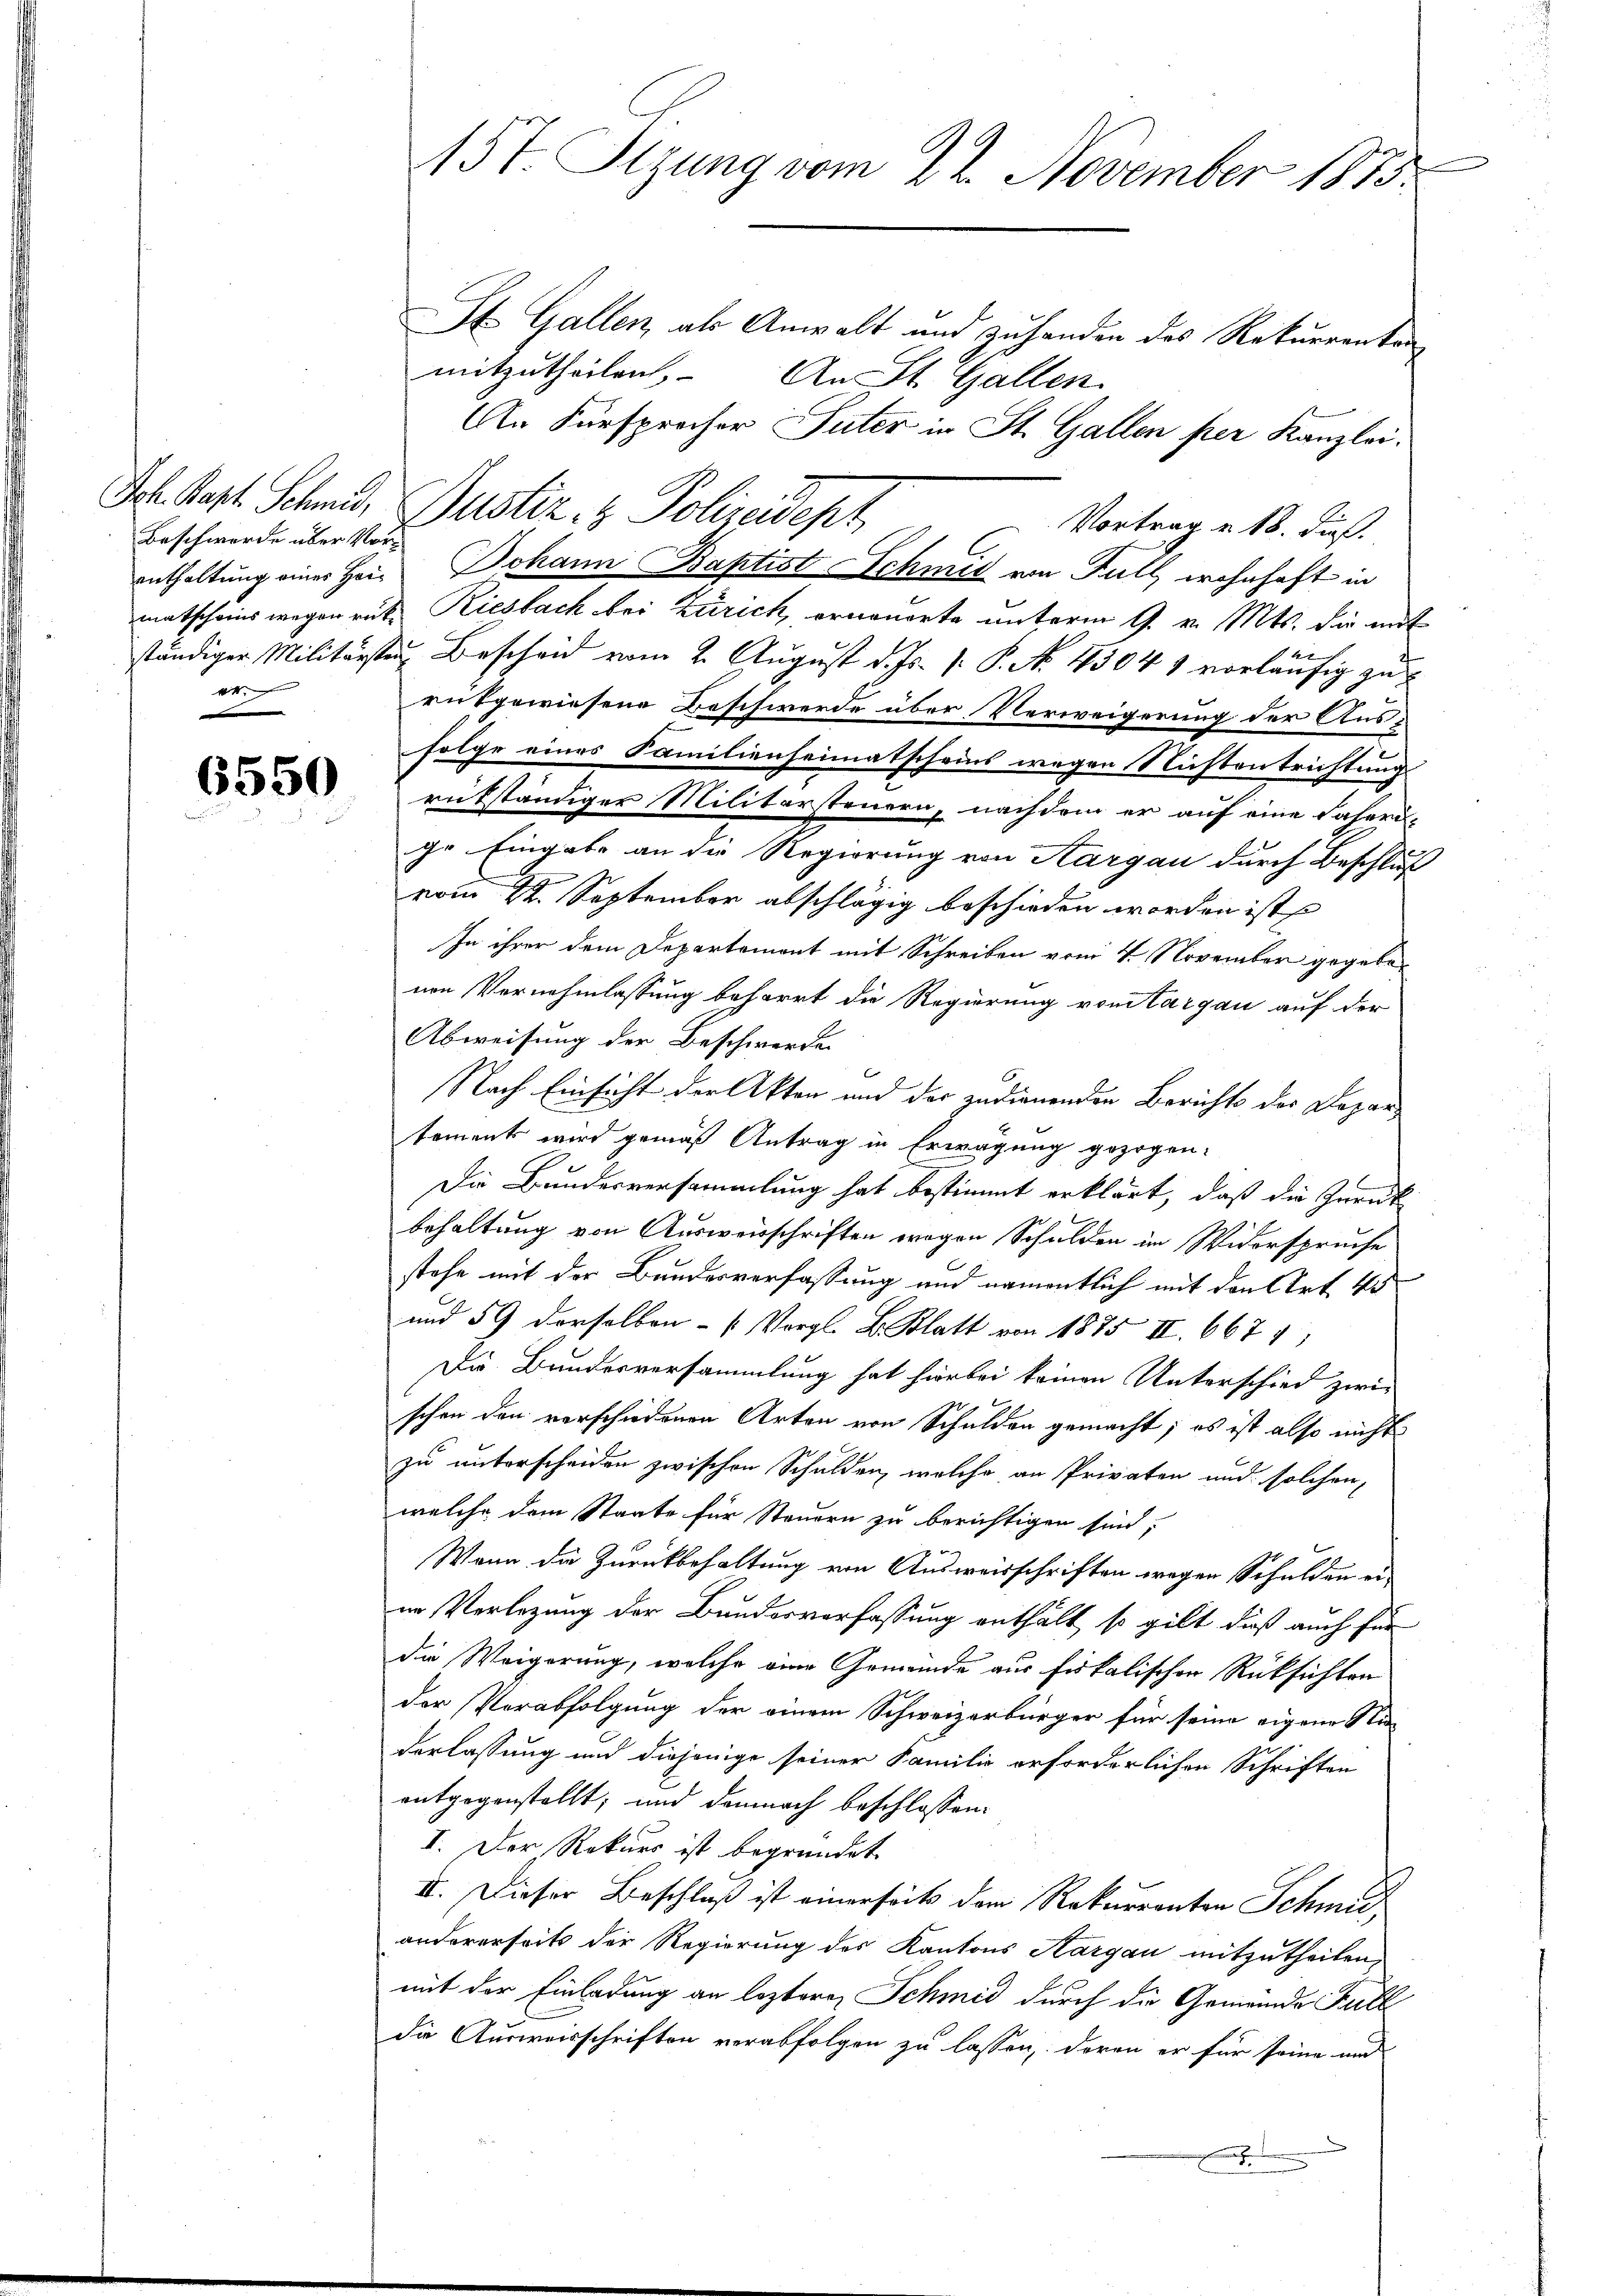
Beschwerde über Vorve

6550

St. Gallen, als Anwalt und zuhanden des Rekurrenten
mitzutheilen, An St. Gallen.
An Fürsprocher Suter in St. Gallen per Kanzlei.
Vortrag u. 18. dieß.
enthaltung eines Herr Johann Baptist Schmit von Full, wohnhaft in
matscheins wegen rut, Riesbach bei Zürich, erneuerte unterm 9. v. Mts. die mit
ständiger Militärsten Bescheid vom 2. August d. Js. v. P. No. 4504 vorläufig zu
entgewiesene Beschwerde über Verweigerung der Ausfolge eines Familienheimatscheins wegen Nichtentrichtung
rükständiger Militarsteuern, nachdem er auf eine daheri-
ihr Eingabe an die Regierung von Aargau durch Beschluß
vom 22. September abschlägig beschieden worden ist
In ihrer dem Departement mit Schreiben vom 4. November gegebenen Vernehmlassung beharrt die Regierung von Aargau auf der
Abweisung der Beschwerden
f
Nach Einsicht der Akten und der zudienenden Berichts des Departement wird gemäß Antrag in Erwägung gezogen:
Die Bundesversammlung hat bestimmt erklärt, daß die Zurück
behaltung von Ausweisschriften wegen Schulden im Widerspruche
stehe mit der Bundesverfassung und namentlich mit den Art. 45
und 59 derselben (Vergl. B. Blatt von 1875 II. 667
Die Bundesversammlung hat hierbei keinen Unterschied zwi-
schen den verschiedenen Arten von Schulden gemacht; es ist also nicht
zu unterscheiden zwischen Schulden, welche an Privaten und solchen
welche dem Staate für Steuern zu berichtigen sind,
Wenn die Zurückbehaltung von Ausweisschriften wegen Schulden er-
im Verlegung der Bundesverfassung enthält, so gilt dieß auch für
die Weigerung, welche eine Gemeinde aus fiskalischen Rüksichten
der Verabfolgung der einem Schweizerbürger für seine eigene Na-
derlassung und diejenige seiner Familie erforderlichen Schriften
entgegenstellt; und demnach beschlossen:
I. Der Rekurs ist begründet.
II. Dieser Beschluß ist einerseits dem Rekurrenten Schmit
andererseit der Regierung des Kantons Aargau mitzutheilen,
mit der Einladung an leztere Schmid durch die Gemeinde Fall
die Ausweisschriften verabfolgen zu lassen, deren er für seine und
h

e
15t. Sizung vom 22. November 1875.

Joh. Kast. Schmid, Justiz- & Polizeidept